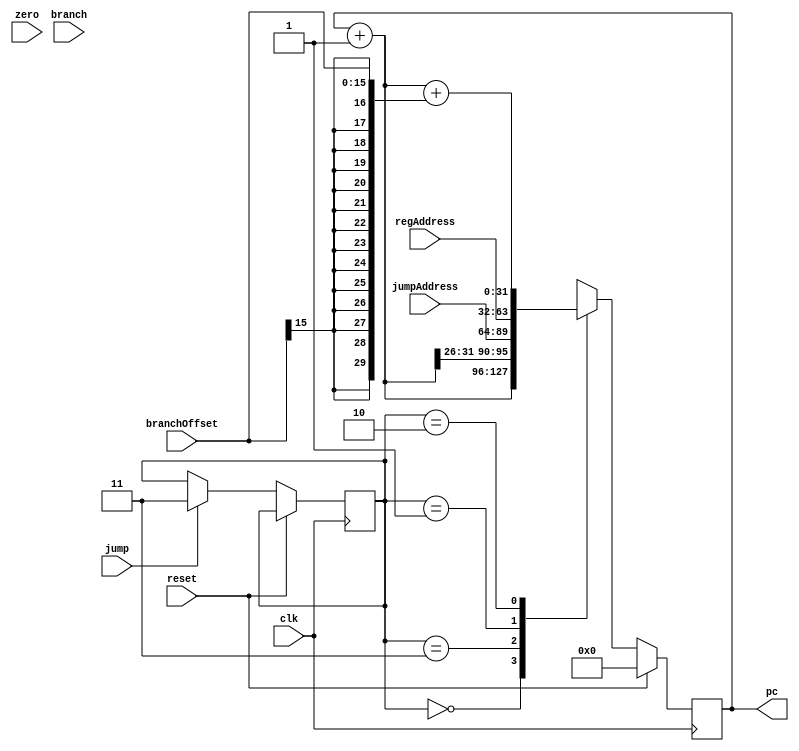




`timescale 1ns / 1ps

module ProgramCounter(
    input clk,
    input reset,
    input zero,
    input branch,
    input jump,
    input [25:0] jumpAddress,
    input [15:0] branchOffset,
    input [31:0] regAddress,
    output reg [31:0] pc 
);
    wire [31:0] pcPlus4;
    reg [1:0] pcControl;
    initial
    begin
        pc <= 32'h00000000;
    end
    
    assign pcPlus4 = pc + 1;
    
    always @(posedge clk)
    begin
        if(reset == 1)
            pc <= 32'h00000000;
        else
        begin
        pcControl <= ( branch & zero == 1)? 2'b10: 2'b00;
        pcControl <= (jump)?2'b11:pcControl;
        
            case(pcControl)
                2'b00: pc <= pcPlus4;                                                       
                2'b11: pc <= {pcPlus4[31:26],jumpAddress};                                  
                2'b01: pc <= regAddress;                                                    
                2'b10: pc <= pcPlus4 + {{14{branchOffset[15]}},branchOffset[15:0]};   
                default: pc<= pcPlus4;
            endcase
        end
       
    end
endmodule